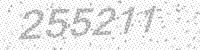
Solution: 255211